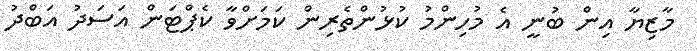
މާޒިޔާ އިން ބުނީ އެ މުހިންމު ކުޅުންތެރިން ކަމަށްވާ ކެޕްޓަން އަސަދު އަބްދު